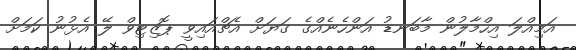
އަމިއްލަ އިހްމާލުން މާބަނޑު އަންހެނެއްގެ ގަޔަށް އެޗްއައިވީ ޕޮޒިޓިވް ލޭ އެޅުނު ކަމަށް